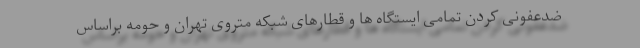
ضدعفونی کردن تمامی ایستگاه ها و قطارهای شبکه متروی تهران و حومه براساس